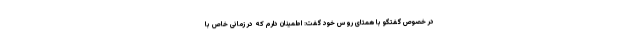
در خصوص گفتگو با همتای روس خود گفت: اطمینان دارم که در زمانی خاص با